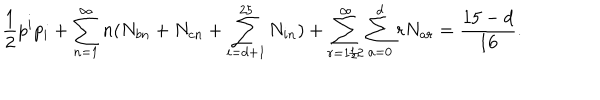
\frac { 1 } { 2 } p ^ { i } p _ { i } + \sum _ { n = 1 } ^ { \infty } n ( N _ { b n } + N _ { c n } + \sum _ { i = d + 1 } ^ { 2 5 } N _ { i n } ) + \sum _ { r = 1 / 2 } ^ { \infty } \sum _ { a = 0 } ^ { d } r N _ { a r } = { \frac { 1 5 - d } { 1 6 } } .